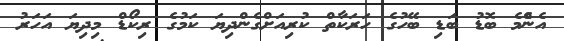
އެންެމެ ބޮޑު ބަޑި ބޭހުގެ ހަރަކާތް ކުރިއަށްގެންދިޔަ ކަމުގެ ރިކޯޑް މިދިޔަ އަހަރު